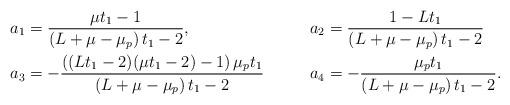
LaTeX: \begin{align*} & a_1=\frac{\mu t_1-1}{\left(L+\mu-\mu_p\right)t_1-2}, \ \ \ \ && a_2=\frac{1-L t_1}{\left(L+\mu-\mu_p\right)t_1-2} \\ & a_3=-\frac{\left((Lt_1-2)(\mu t_1-2)-1\right)\mu_pt_1}{\left(L+\mu-\mu_p\right)t_1-2} \ \ \ \ && a_4=-\frac{\mu_p t_1}{\left(L+\mu-\mu_p\right)t_1-2}.\end{align*}